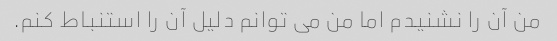
من آن را نشنیدم اما من می توانم دلیل آن را استنباط کنم.